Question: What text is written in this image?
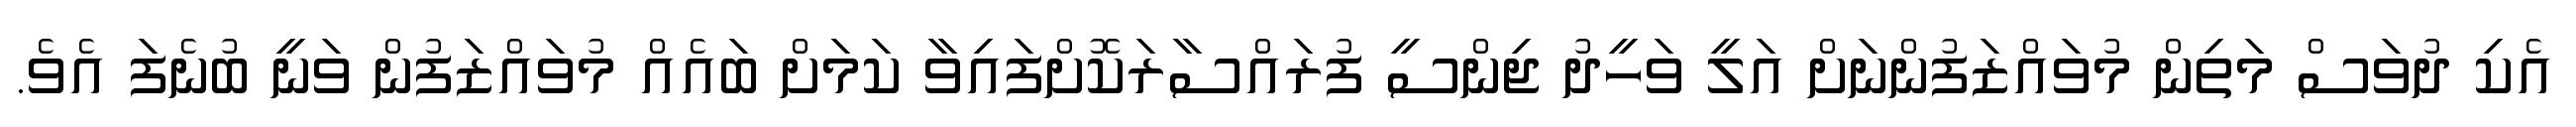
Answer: އެކި ދުވަސް މަތިން މުވައްޒަފުންނަށް އަލީ ވަހީދު ޖިންސީ ފުރައްސާރަކޮށްފައިވާ ކަމަށް ބައެއް މުވައްޒަފުން ވަނީ ބުނެފަ އެވެ.